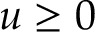
u \ge 0